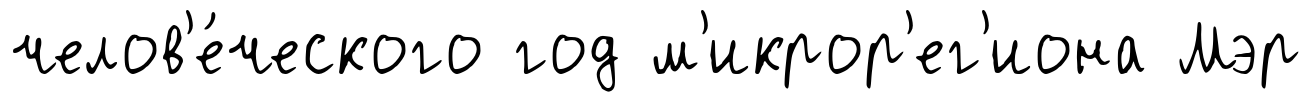
челов'е́ческого год м'икрор'ег'иона Мэр